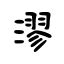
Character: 漻